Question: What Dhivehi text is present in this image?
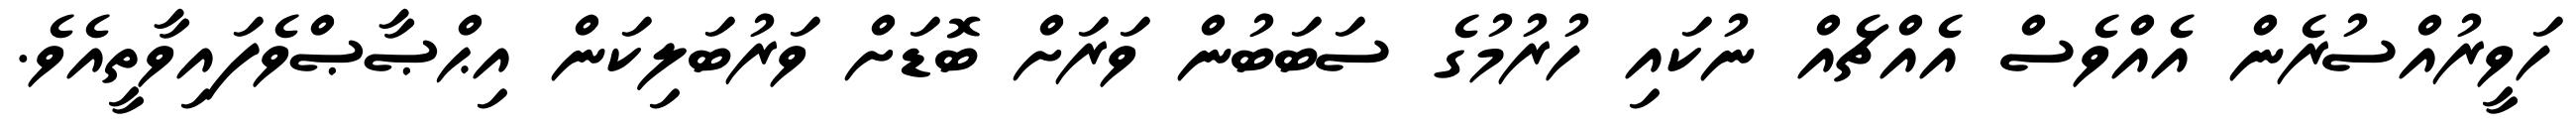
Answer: ހަވީރުއްސުރެން އެއްވެސް އެއްޗެއް ނުކައި ހުރުމުގެ ސަބަބުން ވަރަށް ބޮޑަށް ވަރުބަލިކަން އިޙްޞާޞްވެފައިވާތީއެވެ.